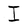
Character: I